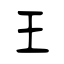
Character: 王